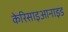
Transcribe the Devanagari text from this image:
केरिसाइआनाइड